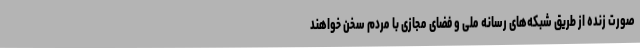
صورت زنده از طریق شبکه‌های رسانه ملی و فضای مجازی با مردم سخن خواهند